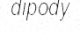
dipody